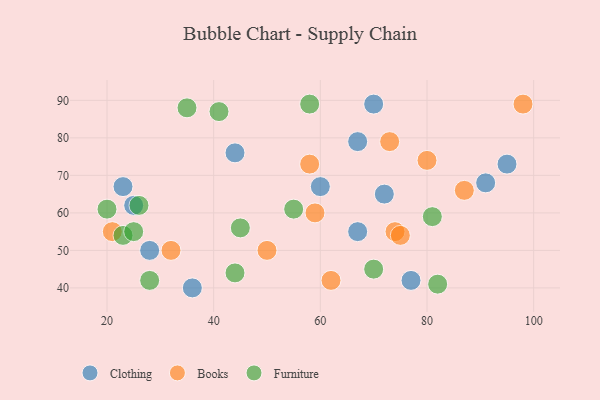
{"axis": {"x": "GDP", "y": "Life Expectancy"}, "legend": ["Books", "Clothing", "Furniture"], "data": [{"x": "72", "y": 65, "type": "Clothing"}, {"x": "60", "y": 67, "type": "Clothing"}, {"x": "95", "y": 73, "type": "Clothing"}, {"x": "23", "y": 67, "type": "Clothing"}, {"x": "67", "y": 55, "type": "Clothing"}, {"x": "70", "y": 89, "type": "Clothing"}, {"x": "28", "y": 50, "type": "Clothing"}, {"x": "25", "y": 62, "type": "Clothing"}, {"x": "67", "y": 79, "type": "Clothing"}, {"x": "77", "y": 42, "type": "Clothing"}, {"x": "36", "y": 40, "type": "Clothing"}, {"x": "44", "y": 76, "type": "Clothing"}, {"x": "91", "y": 68, "type": "Clothing"}, {"x": "50", "y": 50, "type": "Books"}, {"x": "73", "y": 79, "type": "Books"}, {"x": "74", "y": 55, "type": "Books"}, {"x": "98", "y": 89, "type": "Books"}, {"x": "62", "y": 42, "type": "Books"}, {"x": "21", "y": 55, "type": "Books"}, {"x": "32", "y": 50, "type": "Books"}, {"x": "75", "y": 54, "type": "Books"}, {"x": "58", "y": 73, "type": "Books"}, {"x": "87", "y": 66, "type": "Books"}, {"x": "59", "y": 60, "type": "Books"}, {"x": "80", "y": 74, "type": "Books"}, {"x": "28", "y": 42, "type": "Furniture"}, {"x": "55", "y": 61, "type": "Furniture"}, {"x": "45", "y": 56, "type": "Furniture"}, {"x": "70", "y": 45, "type": "Furniture"}, {"x": "82", "y": 41, "type": "Furniture"}, {"x": "23", "y": 54, "type": "Furniture"}, {"x": "41", "y": 87, "type": "Furniture"}, {"x": "81", "y": 59, "type": "Furniture"}, {"x": "26", "y": 62, "type": "Furniture"}, {"x": "25", "y": 55, "type": "Furniture"}, {"x": "35", "y": 88, "type": "Furniture"}, {"x": "58", "y": 89, "type": "Furniture"}, {"x": "44", "y": 44, "type": "Furniture"}, {"x": "20", "y": 61, "type": "Furniture"}]}